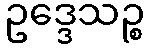
ဥဒ္ဒေသဉ္စ